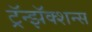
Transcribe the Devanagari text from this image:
ट्रॅन्झॅक्शन्स